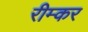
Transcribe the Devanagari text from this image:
रीम्कर